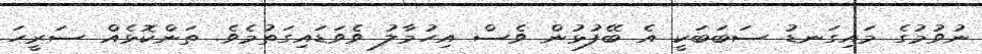
ނުވުމުގެ މައިގަނޑު ސަބަބަކީ އެ ބޭފުޅުން ވެސް އިހުމާލު ވެވަޑައިގަތުމެވެ. ތަންކޮޅެއް ސަރީހަ